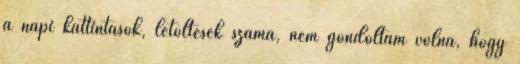
a napi kattintások, letöltések száma, nem gondoltam volna, hogy